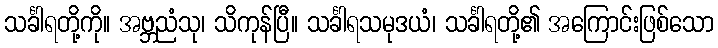
သင်္ခါရတို့ကို။ အဗ္ဘညံသု၊ သိကုန်ပြီ။ သင်္ခါရသမုဒယံ၊ သင်္ခါရတို့၏ အကြောင်းဖြစ်သော